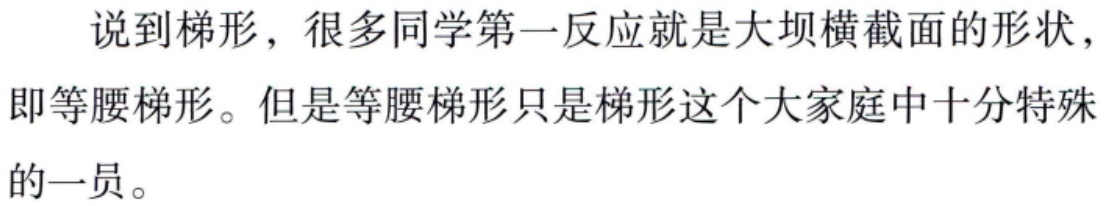
说到梯形，很多同学第一反应就是大坝横截面的形状，即等腰梯形。但是等腰梯形只是梯形这个大家庭中十分特殊的一员。